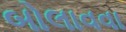
બોલાવવા